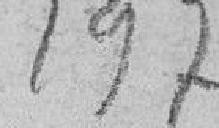
197